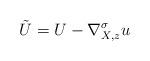
LaTeX: \begin{align*}\tilde U=U-\nabla_{X,z}^\sigma u\end{align*}